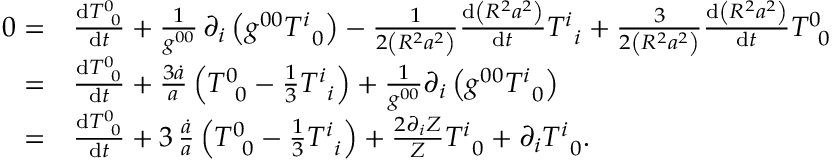
\begin{array} { r l } { 0 = } & { { } \frac { \mathrm { d } T _ { \, \, \, 0 } ^ { 0 } } { \mathrm { d } t } + \frac { 1 } { g ^ { 0 0 } } \, \partial _ { i } \left( g ^ { 0 0 } T _ { \, \, \, 0 } ^ { i } \right) - \frac { 1 } { 2 \left( R ^ { 2 } a ^ { 2 } \right) } \frac { \mathrm { d } \left( R ^ { 2 } a ^ { 2 } \right) } { \mathrm { d } t } T _ { \, \, \, i } ^ { i } + \frac { 3 } { 2 \left( R ^ { 2 } a ^ { 2 } \right) } \frac { \mathrm { d } \left( R ^ { 2 } a ^ { 2 } \right) } { \mathrm { d } t } T _ { \, \, \, 0 } ^ { 0 } } \\ { = } & { { } \frac { \mathrm { d } T _ { \, \, \, 0 } ^ { 0 } } { \mathrm { d } t } + \frac { 3 \dot { a } } { a } \left( T _ { \, \, \, 0 } ^ { 0 } - \frac { 1 } { 3 } T _ { \, \, \, i } ^ { i } \right) + \frac { 1 } { g ^ { 0 0 } } \partial _ { i } \left( g ^ { 0 0 } T _ { \, \, \, 0 } ^ { i } \right) } \\ { = } & { { } \frac { \mathrm { d } T _ { \, \, \, 0 } ^ { 0 } } { \mathrm { d } t } + 3 \, \frac { \dot { a } } { a } \left( T _ { \, \, \, 0 } ^ { 0 } - \frac { 1 } { 3 } T _ { \, \, \, i } ^ { i } \right) + \frac { 2 \partial _ { i } Z } { Z } T _ { \, \, \, 0 } ^ { i } + \partial _ { i } T _ { \, \, \, 0 } ^ { i } . } \end{array}